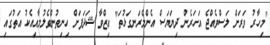
"މިހާރު ވަރަށް ލަސްވެއްޖެ އަހަރެން ދިޔަޔަސް އެންމެރަނގަޅުތަ" ޢިޒްވާ ޝަދަފަށް ހިނިތުންވެލުމާއިއެކު އަތުގައި